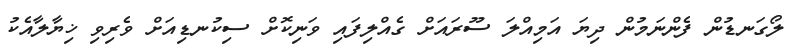
ލޯގަނޑުން ފެންނަމުން ދިޔަ އަމިއްލަ ސޫރައަށް ގެއްލިފައި ވަނިކޮށް ސިކުނޑިއަށް ވެރިވި ޚިޔާލާއެކު